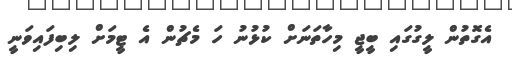
އެގޮތުން ލީގުގައި ބީޖީ މިހާތަނަށް ކުޅުނު ހަަ މެޗުން އެ ޓީމަށް ލިބިފައިވަނީ